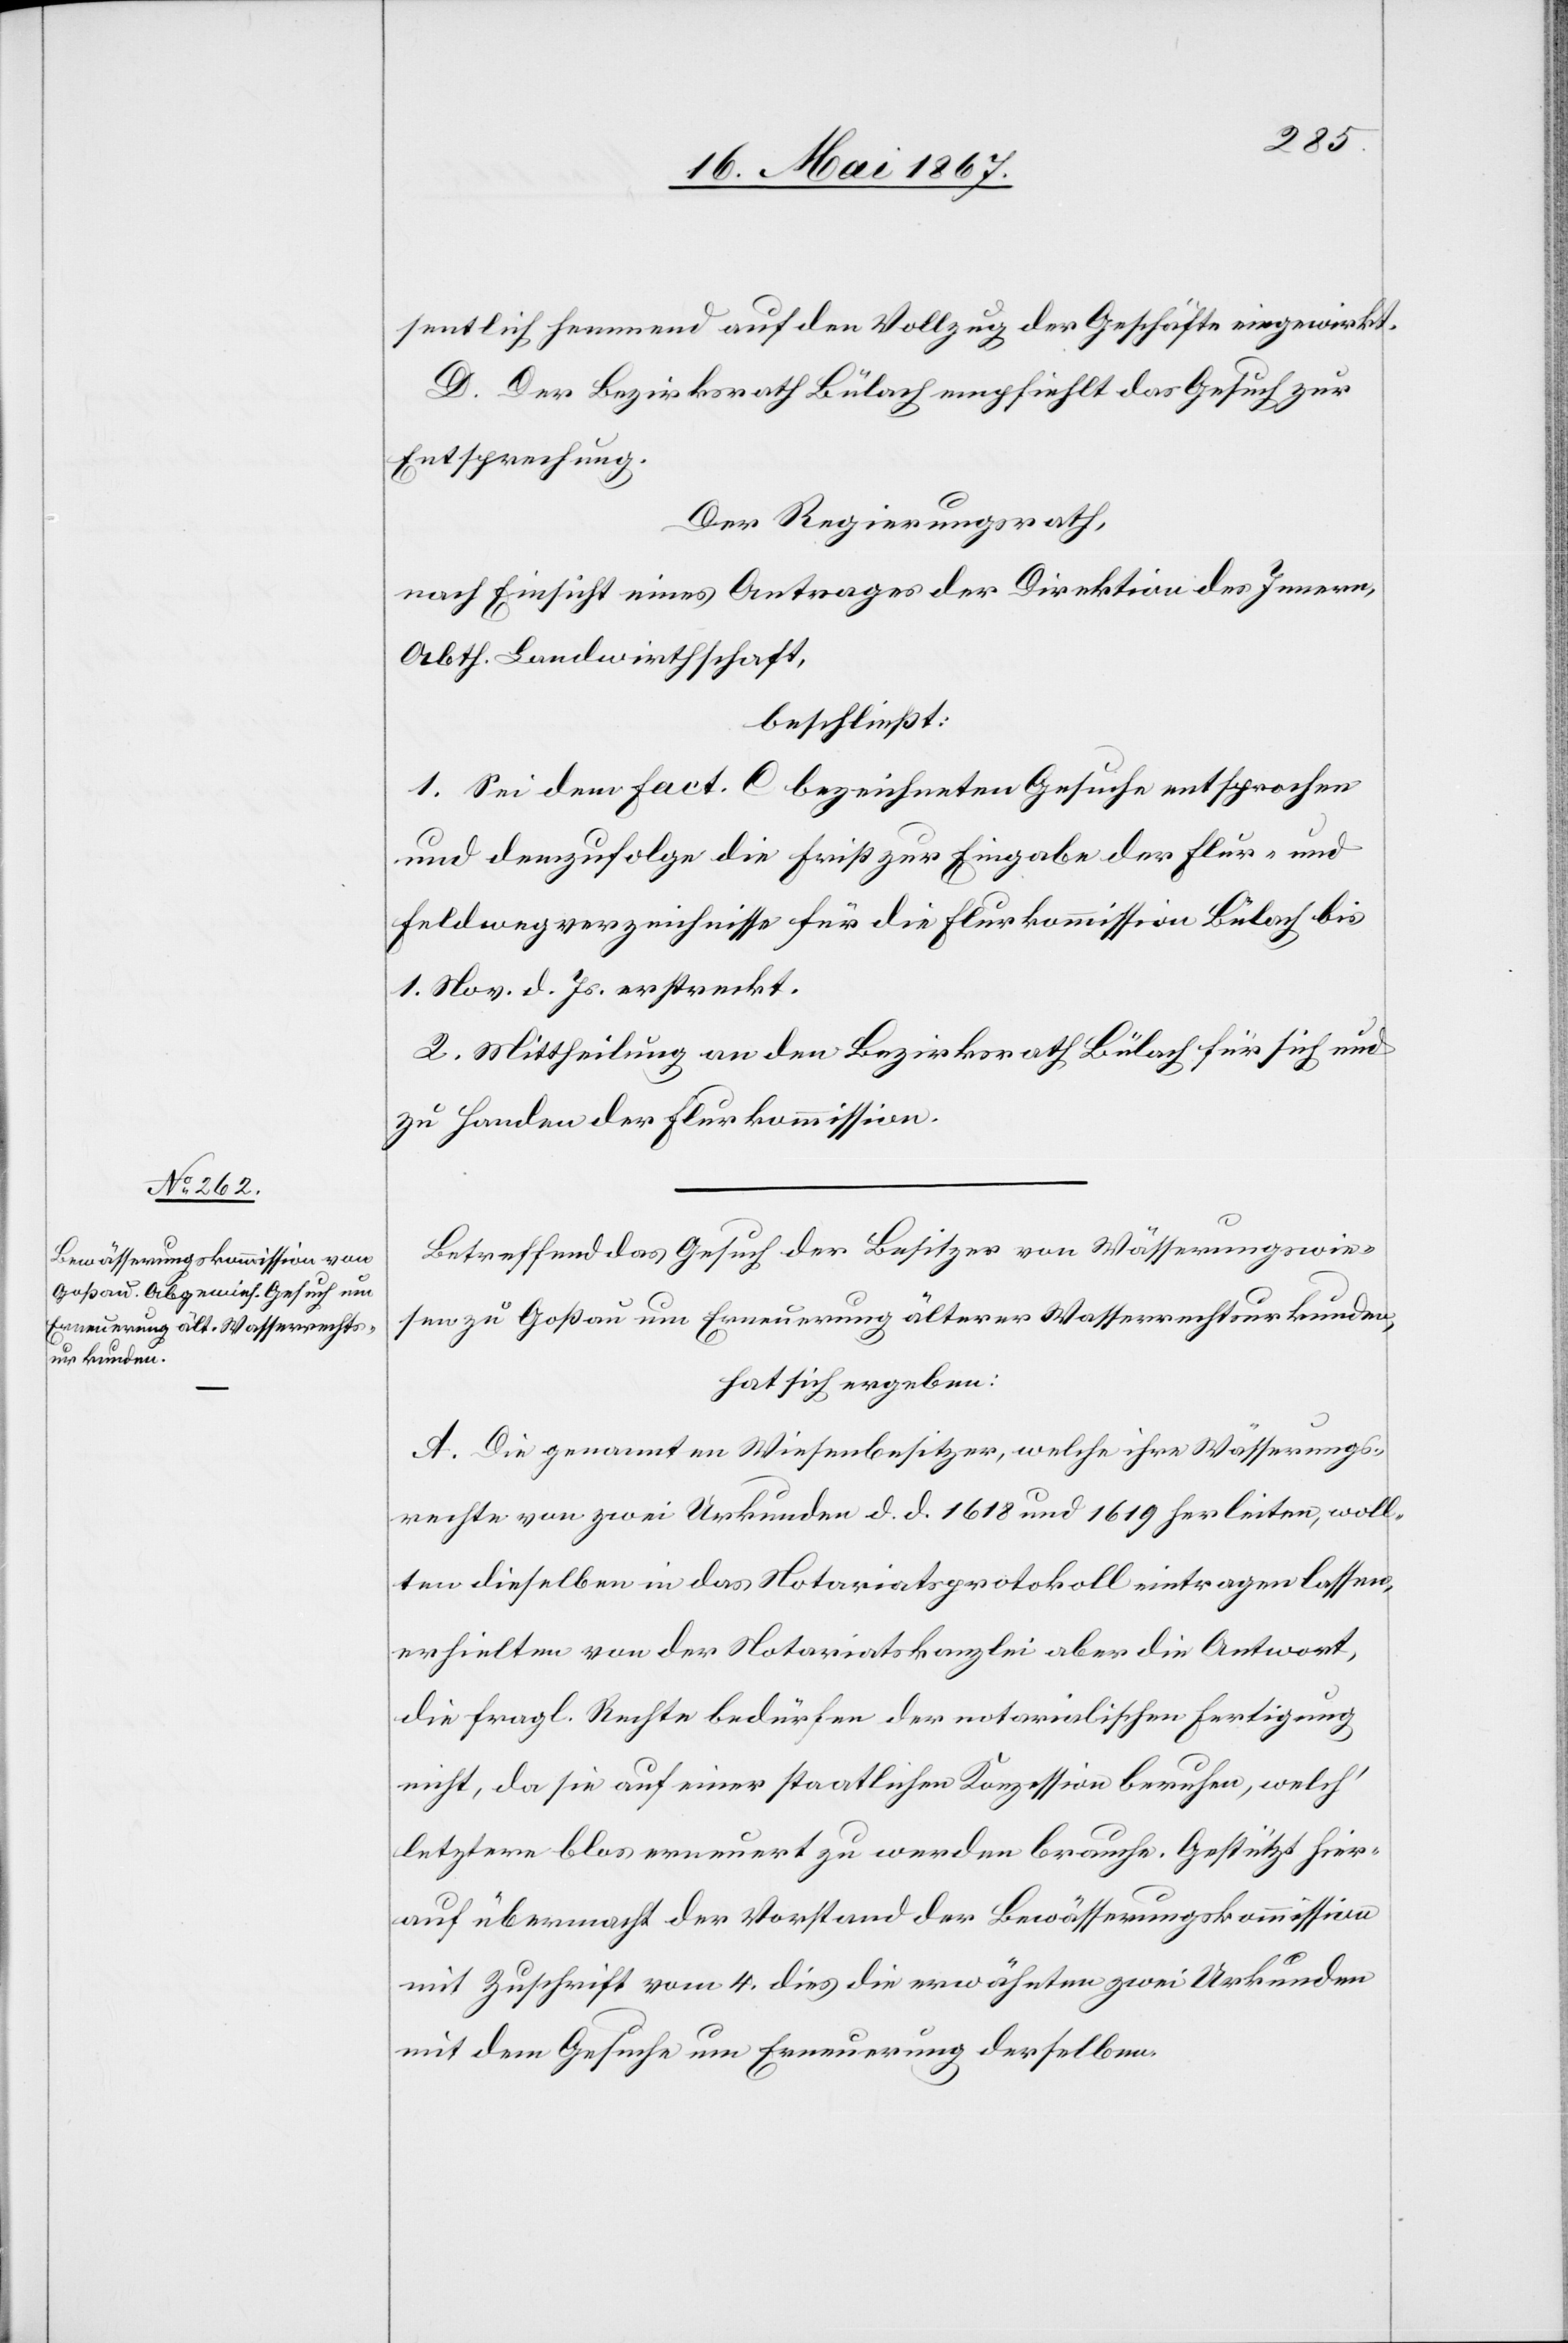
sentlich hemmend auf den Vollzug der Geschäfte eingewirkt.
D. Der Bezirksrath Bülach empfiehlt das Gesuch zur
Entsprechung.
Der Regierungsrath,
nach Einsicht eines Antrages der Direktion des Innern,
Abth. Landwirthschaft,
beschließt:
1. Sei dem Fact. C. bezeichneten Gesuche entsprochen
und demzufolge die Frist zur Eingabe der Flur- und
Feldwegverzeichnisse für die Flurkommission Bülach bis
1. Nov. d. Js. erstreckt.
2. Mittheilung an den Bezirksrath Bülach für sich und
zu Handen der Flurkommission.
Betreffend das Gesuch der Besitzer von Wässerungswie¬
sen zu Goßau um Erneuerung älterer Wasserrechtsurkunden,
hat sich ergeben:
A. Die genannten Wiesenbesitzer, welche ihre Wässerungs¬
rechte von zwei Urkunden d. d. 1618 und 1619 herleiten, woll¬
ten dieselben in das Notariatsprotokoll eintragen lassen,
erhielten von der Notariatskanzlei aber die Antwort,
die fragl. Rechte bedürfen der notarialischen Fertigung
nicht, da sie auf einer staatlichen Konzession beruhen, welch’
letztere blos erneuert zu werden brauche. Gestützt hier¬
auf übermacht der Vorstand der Bewässerungskommission
mit Zuschrift vom 4. dies die erwähnten zwei Urkunden
mit dem Gesuche um Erneuerung derselben.